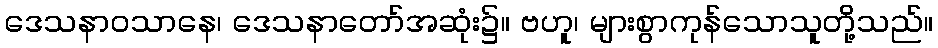
ဒေသနာဝသာနေ၊ ဒေသနာတော်အဆုံး၌။ ဗဟူ၊ များစွာကုန်သောသူတို့သည်။